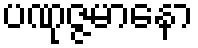
ပဏုဇ္ဇမာနော